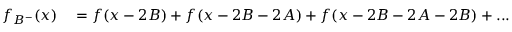
\begin{array} { r l } { f _ { B ^ { - } } ( x ) } & { { } = f ( x - 2 B ) + f ( x - 2 B - 2 A ) + f ( x - 2 B - 2 A - 2 B ) + . . . = } \end{array}